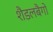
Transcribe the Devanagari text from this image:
शैडलबैगों